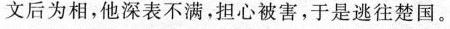
文后为相,他深表不满，担心被害,于是逃往楚国。